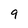
Character: 9